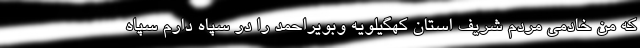
که من خادمی مردم شریف استان کهگیلویه وبویراحمد را در سپاه دارم سپاه